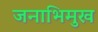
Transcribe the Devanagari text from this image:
जनाभिमुख